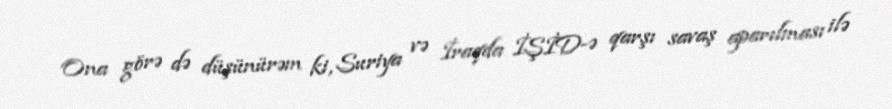
Ona görə də düşünürəm ki, Suriya və İraqda İŞİD-ə qarşı savaş aparılması ilə